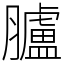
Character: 臚